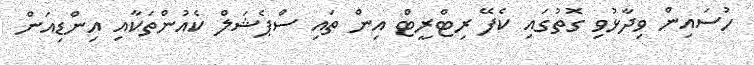
ހުސައިން ވިދާޅުވި ގޮތުގައި ކެފޭ ރިޓްރީޓް އިން ތައި ސްޕެޝަލް ކެއުންތަކާއި އިންޑިއަން